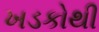
ખડકોથી